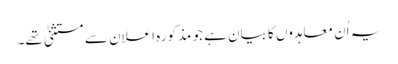
یہ اُن معاہدوں کا بیان ہے جو مذکورہ اعلان سے مستثنیٰ تھے۔